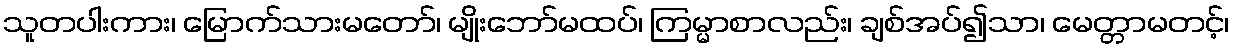
သူတပါးကား၊ မြောက်သားမတော်၊ မျိုးဘော်မထပ်၊ ကြမ္မာစာလည်း၊ ချစ်အပ်၍သာ၊ မေတ္တာမတင့်၊